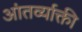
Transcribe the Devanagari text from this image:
आंतर्व्याक्ती